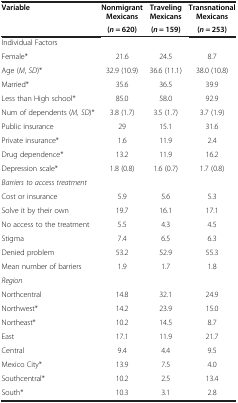
| Variable | Nonmigrant Mexicans | Traveling Mexicans | Transnational Mexicans |
 |  | (n = 620) | (n = 159) | (n = 253) |
 | --- | --- | --- | --- |
 | Individual Factors |  |  |  |
 | Female* | 21.6 | 24.5 | 8.7 |
 | Age (M, SD)* | 32.9 (10.9) | 36.6 (11.1) | 38.0 (10.8) |
 | Married* | 35.6 | 36.5 | 39.9 |
 | Less than High school* | 85.0 | 58.0 | 92.9 |
 | Num of dependents (M, SD)* | 3.8 (1.7) | 3.5 (1.7) | 3.7 (1.9) |
 | Public insurance | 29 | 15.1 | 31.6 |
 | Private insurance* | 1.6 | 11.9 | 2.4 |
 | Drug dependence* | 13.2 | 11.9 | 16.2 |
 | Depression scale* | 1.8 (0.8) | 1.6 (0.7) | 1.7 (0.8) |
 | Barriers to access treatment |  |  |  |
 | Cost or insurance | 5.9 | 5.6 | 5.3 |
 | Solve it by their own | 19.7 | 16.1 | 17.1 |
 | No access to the treatment | 5.5 | 4.3 | 4.5 |
 | Stigma | 7.4 | 6.5 | 6.3 |
 | Denied problem | 53.2 | 52.9 | 55.3 |
 | Mean number of barriers | 1.9 | 1.7 | 1.8 |
 | Region |  |  |  |
 | Northcentral | 14.8 | 32.1 | 24.9 |
 | Northwest* | 14.2 | 23.9 | 15.0 |
 | Northeast* | 10.2 | 14.5 | 8.7 |
 | East | 17.1 | 11.9 | 21.7 |
 | Central | 9.4 | 4.4 | 9.5 |
 | Mexico City* | 13.9 | 7.5 | 4.0 |
 | Southcentral* | 10.2 | 2.5 | 13.4 |
 | South* | 10.3 | 3.1 | 2.8 |